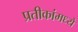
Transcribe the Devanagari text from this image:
प्रतीकांमध्ये